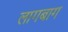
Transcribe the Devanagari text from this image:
लागबाग